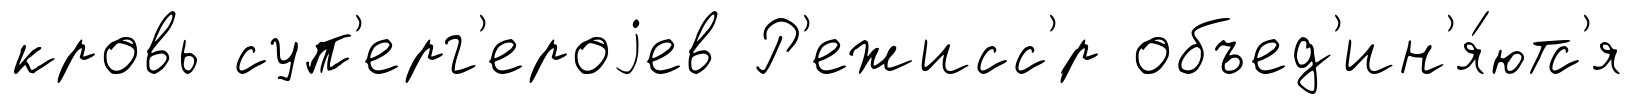
кровь суп'ерг'ероjев Р'ежисс'́р объед'ин'я́ютс'я